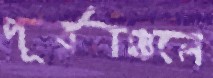
পূর্বাঞ্চলে